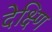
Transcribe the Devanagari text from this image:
देक्ष्णि